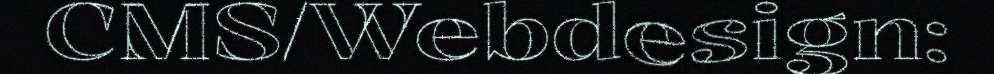
CMS/Webdesign: